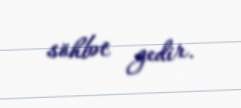
söhbət gedir.